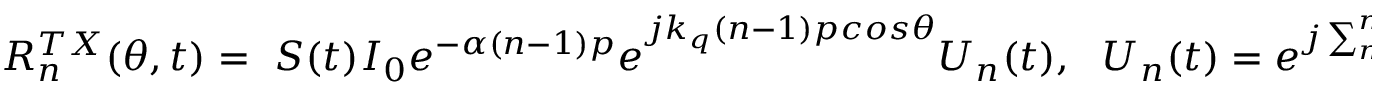
\begin{array} { r } { R _ { n } ^ { T X } ( \theta , t ) = \ S ( t ) { I _ { 0 } e ^ { - \alpha ( n - 1 ) p } e } ^ { j k _ { q } ( n - 1 ) p c o s \theta } U _ { n } ( t ) , \ \ { U _ { n } ( t ) = e } ^ { j \sum _ { m = 1 } ^ { n } \varphi _ { m ( t ) } } = \ \sum _ { u = 1 } ^ { L } { \prod _ { m = 1 } ^ { n } e ^ { - j \varphi _ { m } ^ { u } } H _ { u } ( t ) } \ \ ( 5 ) } \end{array}